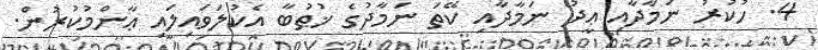
4. ހުކުރު ނަމާދާއި ޢީދު ނަމާދާއި ކޭތަ ނަމާދުގެ ޚުޠުބާ އެކުލަވައިލައި ޢާންމުކުރުން.